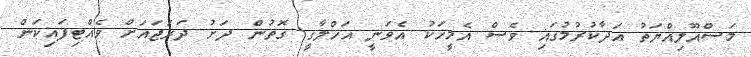
މަސްއޫލިއްޔަތު އަދާކުރުމުގައި ވެސް އެމީހަކު އެވަނީ އަހްލާގީ ގޮތުން ދަށު ދަރަޖައަށް ވެއްޓިފައިކަން